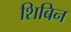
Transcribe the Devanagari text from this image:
शिबिन